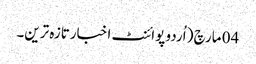
04 مارچ ( اُردو پوائنٹ اخبارتازہ ترین۔